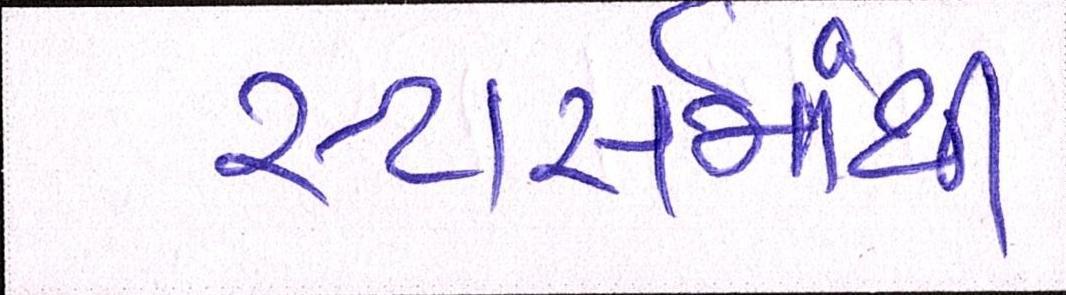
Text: સ્ટાર્સમાંથી